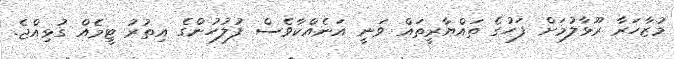
މުޒާހަރާ ރޫޅާލުމަށް ފަހުގެ ތައްޔާރީތައް ވަނީ އަނެއްކާވެސް ފުލުހުންގެ އިތުރު ޓީމެއް ގުޅިއްޖެ.